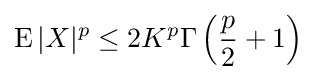
\operatorname {E} |X|^{p}\leq 2K^{p}\Gamma \left({\frac {p}{2}}+1\right)